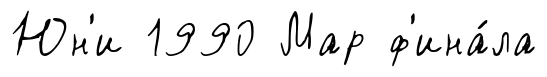
Юн'и 1990 Мар ф'ина́ла